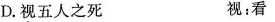
D.视五人之死 视：看